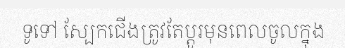
ទូទៅ ស្បែកជើងត្រូវតែប្តូរមុនពេលចូលក្នុង